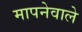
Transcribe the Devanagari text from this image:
मापनेवाले